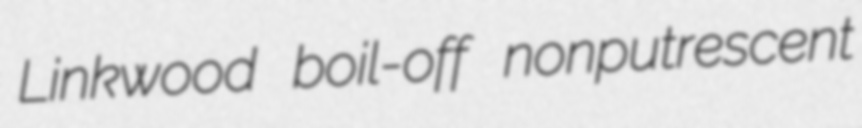
Linkwood boil-off nonputrescent